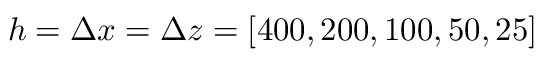
h = \Delta x = \Delta z = [ 4 0 0 , 2 0 0 , 1 0 0 , 5 0 , 2 5 ]